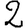
Digit: 2